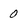
Character: 0